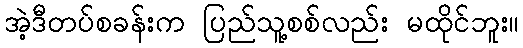
အဲ့ဒီတပ်စခန်းက ပြည်သူ့စစ်လည်း မထိုင်ဘူး။